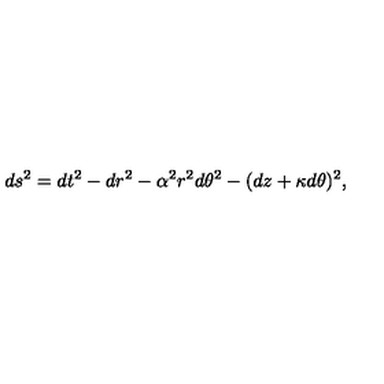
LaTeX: d s ^ { 2 } = d t ^ { 2 } - d r ^ { 2 } - \alpha ^ { 2 } r ^ { 2 } d \theta ^ { 2 } - ( d z + \kappa d \theta ) ^ { 2 } ,